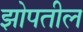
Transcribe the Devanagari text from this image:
झोपतील